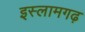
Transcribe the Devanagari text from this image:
इस्लामगढ़